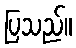
ပြသည်။